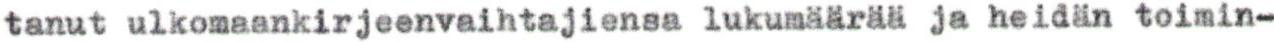
tanut ulkomaankirjeenvaihtajiensa lukumäärää ja heidän toimin-